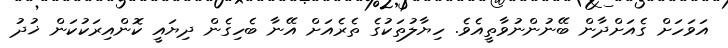
އަވަހަށް ގެއަށްދާން ބޭނުންނުވާތީއެވެ. ހިޔާލުތަކުގެ ތެރެއަށް އޭނާ ބެހިގެން ދިޔައީ ކޮންއިރަކުކަން ޚުދު